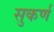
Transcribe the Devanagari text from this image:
सुकर्ण